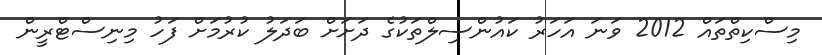
މިސްކިތްތައް 2012 ވަނަ އަހަރު ކައުންސިލްތަކުގެ ދަށަށް ބަދަލު ކުރުމަށް ފަހު މިނިސްޓްރީން